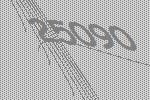
25090